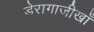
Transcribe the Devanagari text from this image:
डेरागाजीखाँ